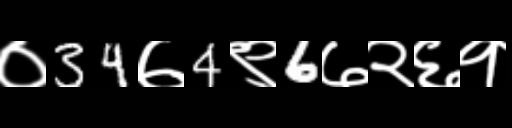
Text: ०34७4९6७२६१